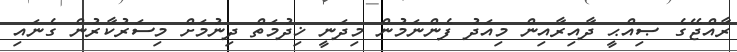
ރާއްޖޭގެ ޞިއްޙީ ދާއިރާއިން މިއަދު ފެންނަމުން މިދަނީ ޚިދުމަތް ދިނުމަށް މިސަރުކާރުން ގެނައި